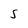
Character: s